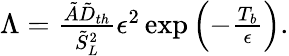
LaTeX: \begin{array}{r}{\Lambda=\frac{\tilde{A}\tilde{D}_{th}}{\tilde{S}_{L}^{2}}\epsilon^{2}\exp\left(-\frac{T_{b}}{\epsilon}\right).}\end{array}